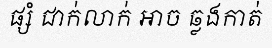
ផ្សំ ជាក់លាក់ អាច ឆ្លងកាត់